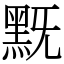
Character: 黖